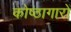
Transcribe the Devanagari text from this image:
कोष्ठागारों